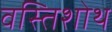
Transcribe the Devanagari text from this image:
वस्तिशोथ